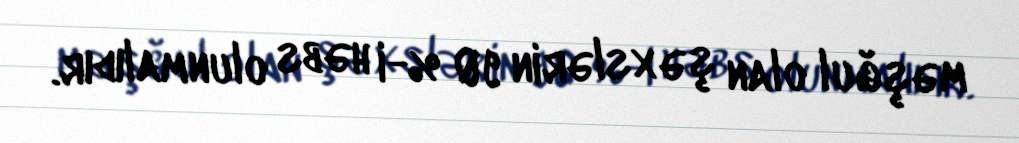
məşğul olan şəxslərin 90 %-i həbs olunmalıdır.